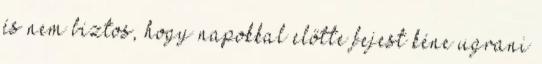
és nem biztos, hogy napokkal előtte fejest kéne ugrani